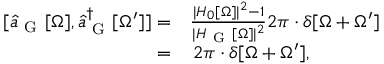
\begin{array} { r l } { [ \hat { a } _ { \mathrm { ~ G ~ } } [ \Omega ] , \hat { a } _ { \mathrm { ~ G ~ } } ^ { \dagger } [ \Omega ^ { \prime } ] ] = } & { { } \frac { | H _ { 0 } [ \Omega ] | ^ { 2 } - 1 } { | H _ { \mathrm { ~ G ~ } } [ \Omega ] | ^ { 2 } } 2 \pi \cdot \delta [ \Omega + \Omega ^ { \prime } ] } \\ { = } & { { } \, 2 \pi \cdot \delta [ \Omega + \Omega ^ { \prime } ] , } \end{array}